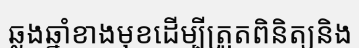
ឆ្លងឆ្នាំខាងមុខដើម្បីត្រួតពិនិត្យនិង